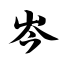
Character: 岑